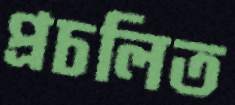
প্রচলিত